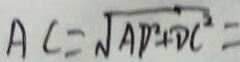
A C = \sqrt { A D ^ { 2 } + D C ^ { 2 } } =